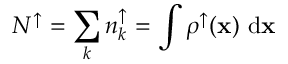
N ^ { \uparrow } = \sum _ { k } { n _ { k } ^ { \uparrow } } = \int { \rho ^ { \uparrow } ( { \bf x } ) \ \mathrm { d } { \bf x } }